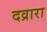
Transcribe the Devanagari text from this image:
दव्रारा